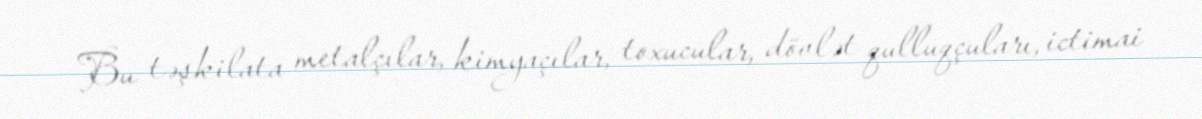
Bu təşkilata metalçılar, kimyaçılar, toxucular, dövlət qulluqçuları, ictimai